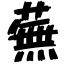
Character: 蕪